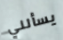
يسألني